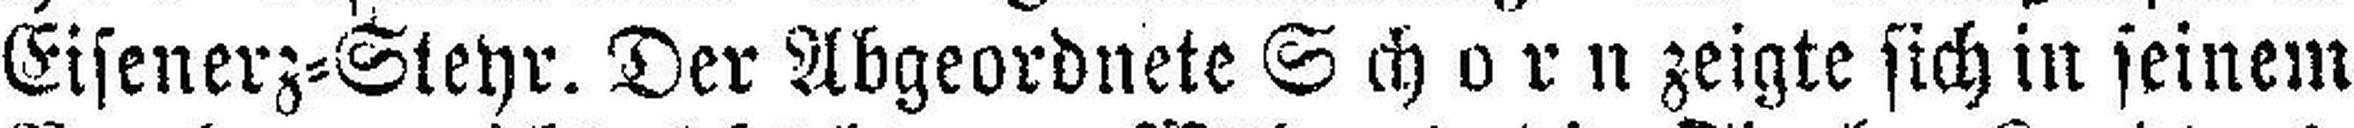
Eisenerz=Steyr. Der Abgeordnete Schorn zeigte sich in seinem